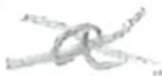
Text: a
Cross-out: cross
Writing tool: pencil